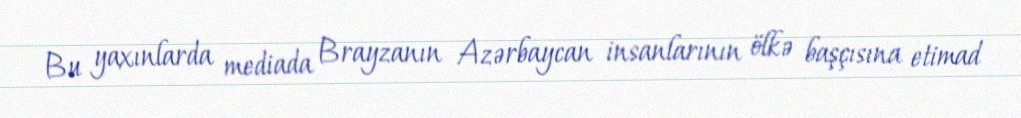
Bu yaxınlarda mediada Brayzanın Azərbaycan insanlarının ölkə başçısına etimad